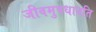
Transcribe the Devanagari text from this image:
जीवमुपधावति